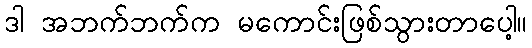
ဒါ အဘက်ဘက်က မကောင်းဖြစ်သွားတာပေါ့။